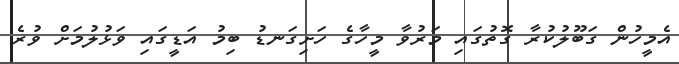
އެމީހުން ގަބޫލުކުރާ ގޮތުގައި މަރުވާ މީހާގެ ހަށިގަނޑު ބިމު އަޑީގައި ވަޅުލުމަށް ވުރެ